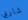
شاربي